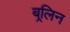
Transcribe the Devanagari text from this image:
बर्िलन